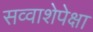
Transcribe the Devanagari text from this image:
सव्‍वाशेपेक्षा